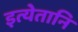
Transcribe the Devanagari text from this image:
इत्येतानि